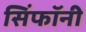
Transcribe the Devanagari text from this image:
सिंफॉनी